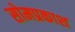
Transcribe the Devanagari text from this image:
सोमप्रकाश